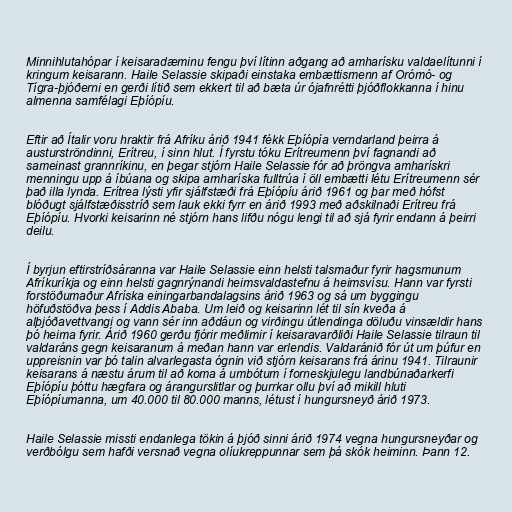
Minnihlutahópar í keisaradæminu fengu því lítinn aðgang að amharísku valdaelítunni í
kringum keisarann. Haile Selassie skipaði einstaka embættismenn af Orómó- og
Tígra-þjóðerni en gerði lítið sem ekkert til að bæta úr ójafnrétti þjóðflokkanna í hinu
almenna samfélagi Eþíópíu.

Eftir að Ítalir voru hraktir frá Afríku árið 1941 fékk Eþíópía verndarland þeirra á
austurströndinni, Erítreu, í sinn hlut. Í fyrstu tóku Erítreumenn því fagnandi að
sameinast grannríkinu, en þegar stjórn Haile Selassie fór að þröngva amharískri
menningu upp á íbúana og skipa amharíska fulltrúa í öll embætti létu Erítreumenn sér
það illa lynda. Erítrea lýsti yfir sjálfstæði frá Eþíópíu árið 1961 og þar með hófst
blóðugt sjálfstæðisstríð sem lauk ekki fyrr en árið 1993 með aðskilnaði Erítreu frá
Eþíópíu. Hvorki keisarinn né stjórn hans lifðu nógu lengi til að sjá fyrir endann á þeirri
deilu.

Í byrjun eftirstríðsáranna var Haile Selassie einn helsti talsmaður fyrir hagsmunum
Afríkuríkja og einn helsti gagnrýnandi heimsvaldastefnu á heimsvísu. Hann var fyrsti
forstöðumaður Afríska einingarbandalagsins árið 1963 og sá um byggingu
höfuðstöðva þess í Addis Ababa. Um leið og keisarinn lét til sín kveða á
alþjóðavettvangi og vann sér inn aðdáun og virðingu útlendinga döluðu vinsældir hans
þó heima fyrir. Árið 1960 gerðu fjórir meðlimir í keisaravarðliði Haile Selassie tilraun til
valdaráns gegn keisaranum á meðan hann var erlendis. Valdaránið fór út um þúfur en
uppreisnin var þó talin alvarlegasta ógnin við stjórn keisarans frá árinu 1941. Tilraunir
keisarans á næstu árum til að koma á umbótum í forneskjulegu landbúnaðarkerfi
Eþíópíu þóttu hægfara og árangurslitlar og þurrkar ollu því að mikill hluti
Eþíópíumanna, um 40.000 til 80.000 manns, létust í hungursneyð árið 1973.

Haile Selassie missti endanlega tökin á þjóð sinni árið 1974 vegna hungursneyðar og
verðbólgu sem hafði versnað vegna olíukreppunnar sem þá skók heiminn. Þann 12.